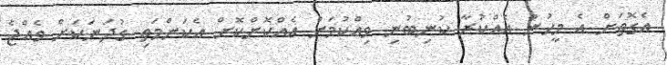
އެގޮތަށް އެ މީހުން އެއްކުރާ ކުނިބުނި ވިއްކުމަށް އެއްކޮށްކޮށް އެކަންމަތި ގުދަނަކަށް ވެއްޖެ